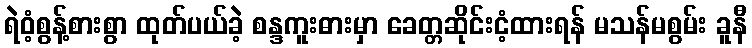
ရဲဝံ့စွန့်စားစွာ ထုတ်ပယ်ခဲ့ စန္ဒကူးဓားမှာ ခေတ္တဆိုင်းငံ့ထားရန် မသန်မစွမ်း ခူနီ